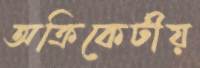
অক্রিকেটীয়